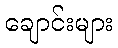
ချောင်းများ